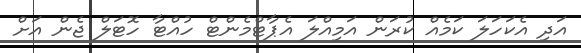
އަދި އެކަހަލަ ކަމެއް ކުރަން އަމިއްލަ އެޕާޓްމެންޓް ހުއްޓާ ހޮޓަލް ޖެން އަށް